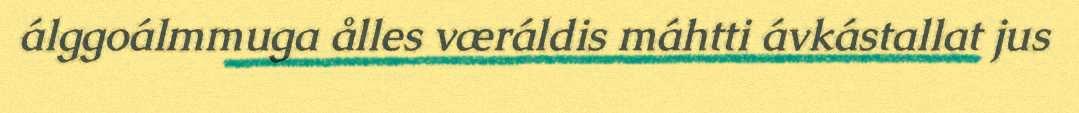
álggoálmmuga ålles væráldis máhtti ávkástallat jus